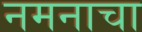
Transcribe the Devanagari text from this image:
नमनाचा